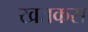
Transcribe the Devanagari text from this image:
खतकस